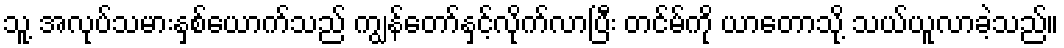
သူ့ အလုပ်သမားနှစ်ယောက်သည် ကျွန်တော်နှင့်လိုက်လာပြီး တင်မ်ကို ယာတောသို့ သယ်ယူလာခဲ့သည်။